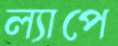
ল্যাপে